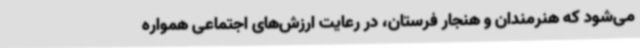
می‌شود که هنرمندان و هنجار فرستان، در رعایت ارزش‌های اجتماعی همواره